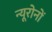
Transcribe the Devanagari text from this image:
न्यूरोनों